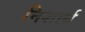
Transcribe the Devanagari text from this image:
निशार्थ